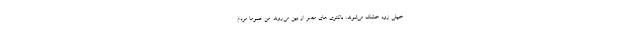
خیلی زود خشک می‌شوند، باکتری های مضر از بین می‌روند. من عموما مردم